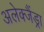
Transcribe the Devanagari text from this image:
अलेक्जैंड्रा